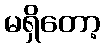
မရှိတော့